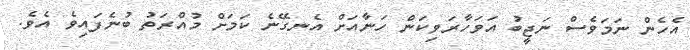
އެހެން ނަމަވެސް ނަޖީބު އަވަހާރަވިކަން ހަނާއަށް އެނގޭނެ ކަމަށް މުއްރަތު ބުނެފައިވެ އެވެ.